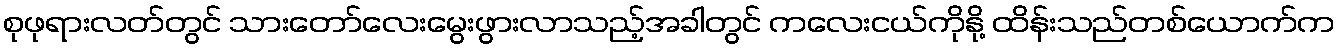
စုဖုရားလတ်တွင် သားတော်လေးမွေးဖွားလာသည့်အခါတွင် ကလေးငယ်ကိုနို့ ထိန်းသည်တစ်ယောက်က